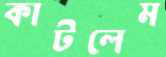
কাটলেম